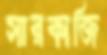
সারকাজি